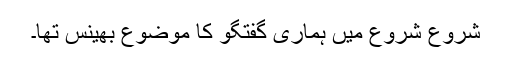
شروع شروع میں ہماری گفتگو کا موضوع بھینس تھا۔